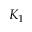
K _ { 1 }